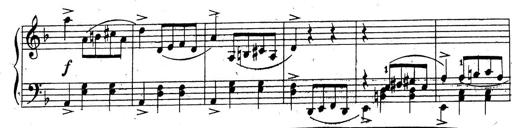
Title: 10 Sonatinas
Composer: Fritz Spindler